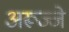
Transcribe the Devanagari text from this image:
अरूज्जे